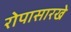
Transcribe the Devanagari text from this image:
रोपासारखे